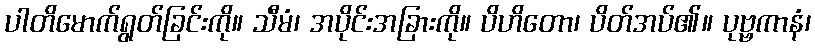
ပါတိမောက်ရွတ်ခြင်းကို။ သီမံ၊ အပိုင်းအခြားကို။ ပိဟိတော၊ ပိတ်အပ်၏။ ပုဗ္ဗကာနံ၊